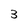
Character: 3